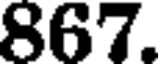
867.